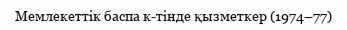
Мемлекеттік баспа к-тінде қызметкер (1974–77)